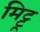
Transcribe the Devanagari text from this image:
मिट्टू